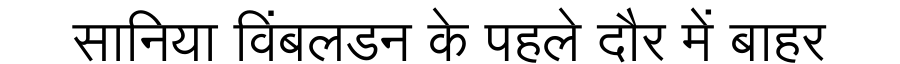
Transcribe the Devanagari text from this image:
सानिया विंबलडन के पहले दौर में बाहर